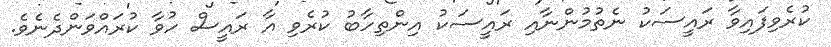
ކުރެވިފައިވާ ރައީސަކު ނެތުމުންނާއި ރައީސަކު އިންތިހާބު ކުރެވި އާ ރައީސް ހުވާ ކުރައްވަންދެނެވެ.